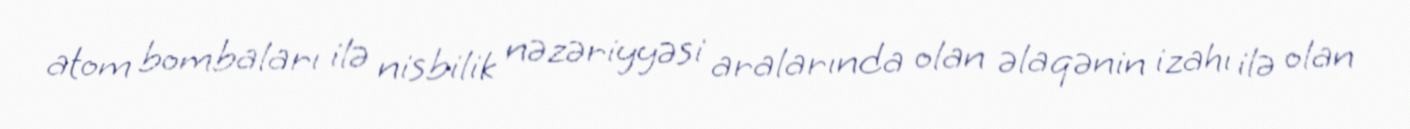
atom bombaları ilə nisbilik nəzəriyyəsi aralarında olan əlaqənin izahı ilə olan